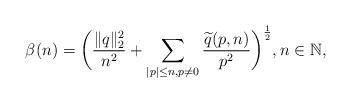
LaTeX: \begin{align*}\beta(n)=\bigg(\frac{\|q\|_2^2}{n^2} + \sum\limits_{|p|\leq n, p\ne 0}\frac{\widetilde{q}(p, n)}{p^2}\bigg)^\frac{1}{2}, n\in\mathbb{N},\end{align*}